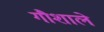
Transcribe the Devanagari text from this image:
गौशाले